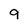
Character: 9